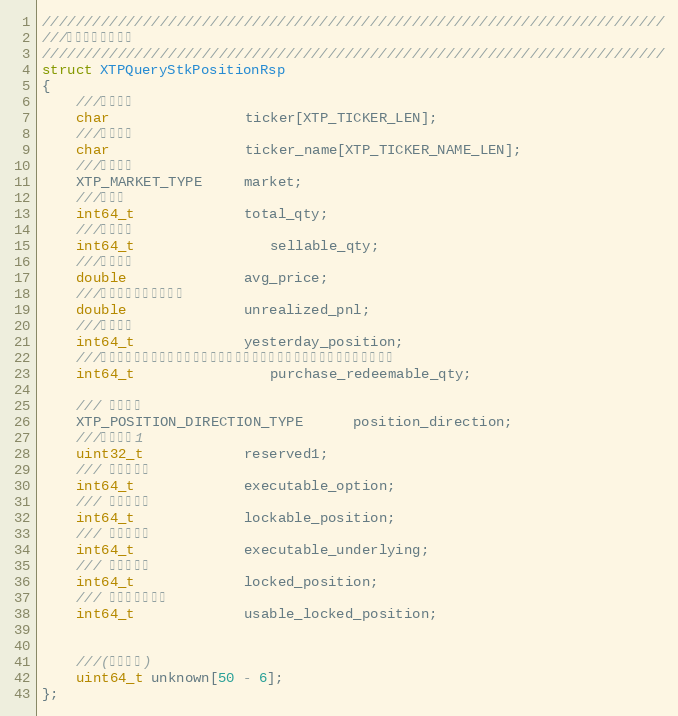
Language: C
//////////////////////////////////////////////////////////////////////////
///查询股票持仓情况
//////////////////////////////////////////////////////////////////////////
struct XTPQueryStkPositionRsp
{
    ///证券代码
    char                ticker[XTP_TICKER_LEN];
    ///证券名称
    char                ticker_name[XTP_TICKER_NAME_LEN];
    ///交易市场
    XTP_MARKET_TYPE     market;
    ///总持仓
    int64_t             total_qty;
    ///可卖持仓
    int64_t				sellable_qty;
    ///持仓成本
    double              avg_price;
    ///浮动盈亏（保留字段）
    double              unrealized_pnl;
    ///昨日持仓
    int64_t             yesterday_position;
    ///今日申购赎回数量（申购和赎回数量不可能同时存在，因此可以共用一个字段）
    int64_t				purchase_redeemable_qty;

    /// 持仓方向
	XTP_POSITION_DIRECTION_TYPE      position_direction;
	///保留字段1
	uint32_t			reserved1;
    /// 可行权合约
    int64_t             executable_option;
    /// 可锁定标的
    int64_t             lockable_position;
    /// 可行权标的
    int64_t             executable_underlying;
    /// 已锁定标的
    int64_t             locked_position;
    /// 可用已锁定标的
    int64_t             usable_locked_position;

    ///(保留字段)
    uint64_t unknown[50 - 6];
};